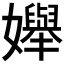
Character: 𡤒